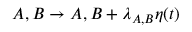
A , B \rightarrow A , B + \lambda _ { A , B } \eta ( t )